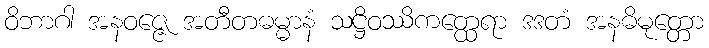
ဝိဘာဂါ အနဝဇ္ဇေ အတီတဓမ္မာနံ သဋ္ဌိဝဿိကတ္ထေရာ ဒဒတံ အနဓိမုတ္တော